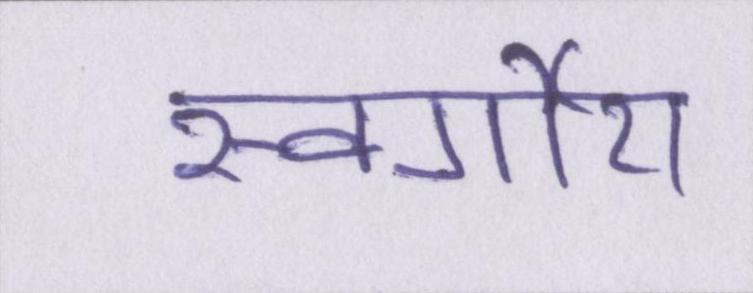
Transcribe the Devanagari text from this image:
स्वर्गीय